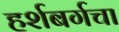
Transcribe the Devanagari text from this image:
हर्शबर्गचा